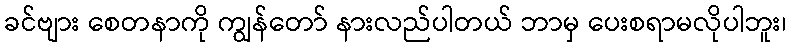
ခင်ဗျား စေတနာကို ကျွန်တော် နားလည်ပါတယ် ဘာမှ ပေးစရာမလိုပါဘူး၊